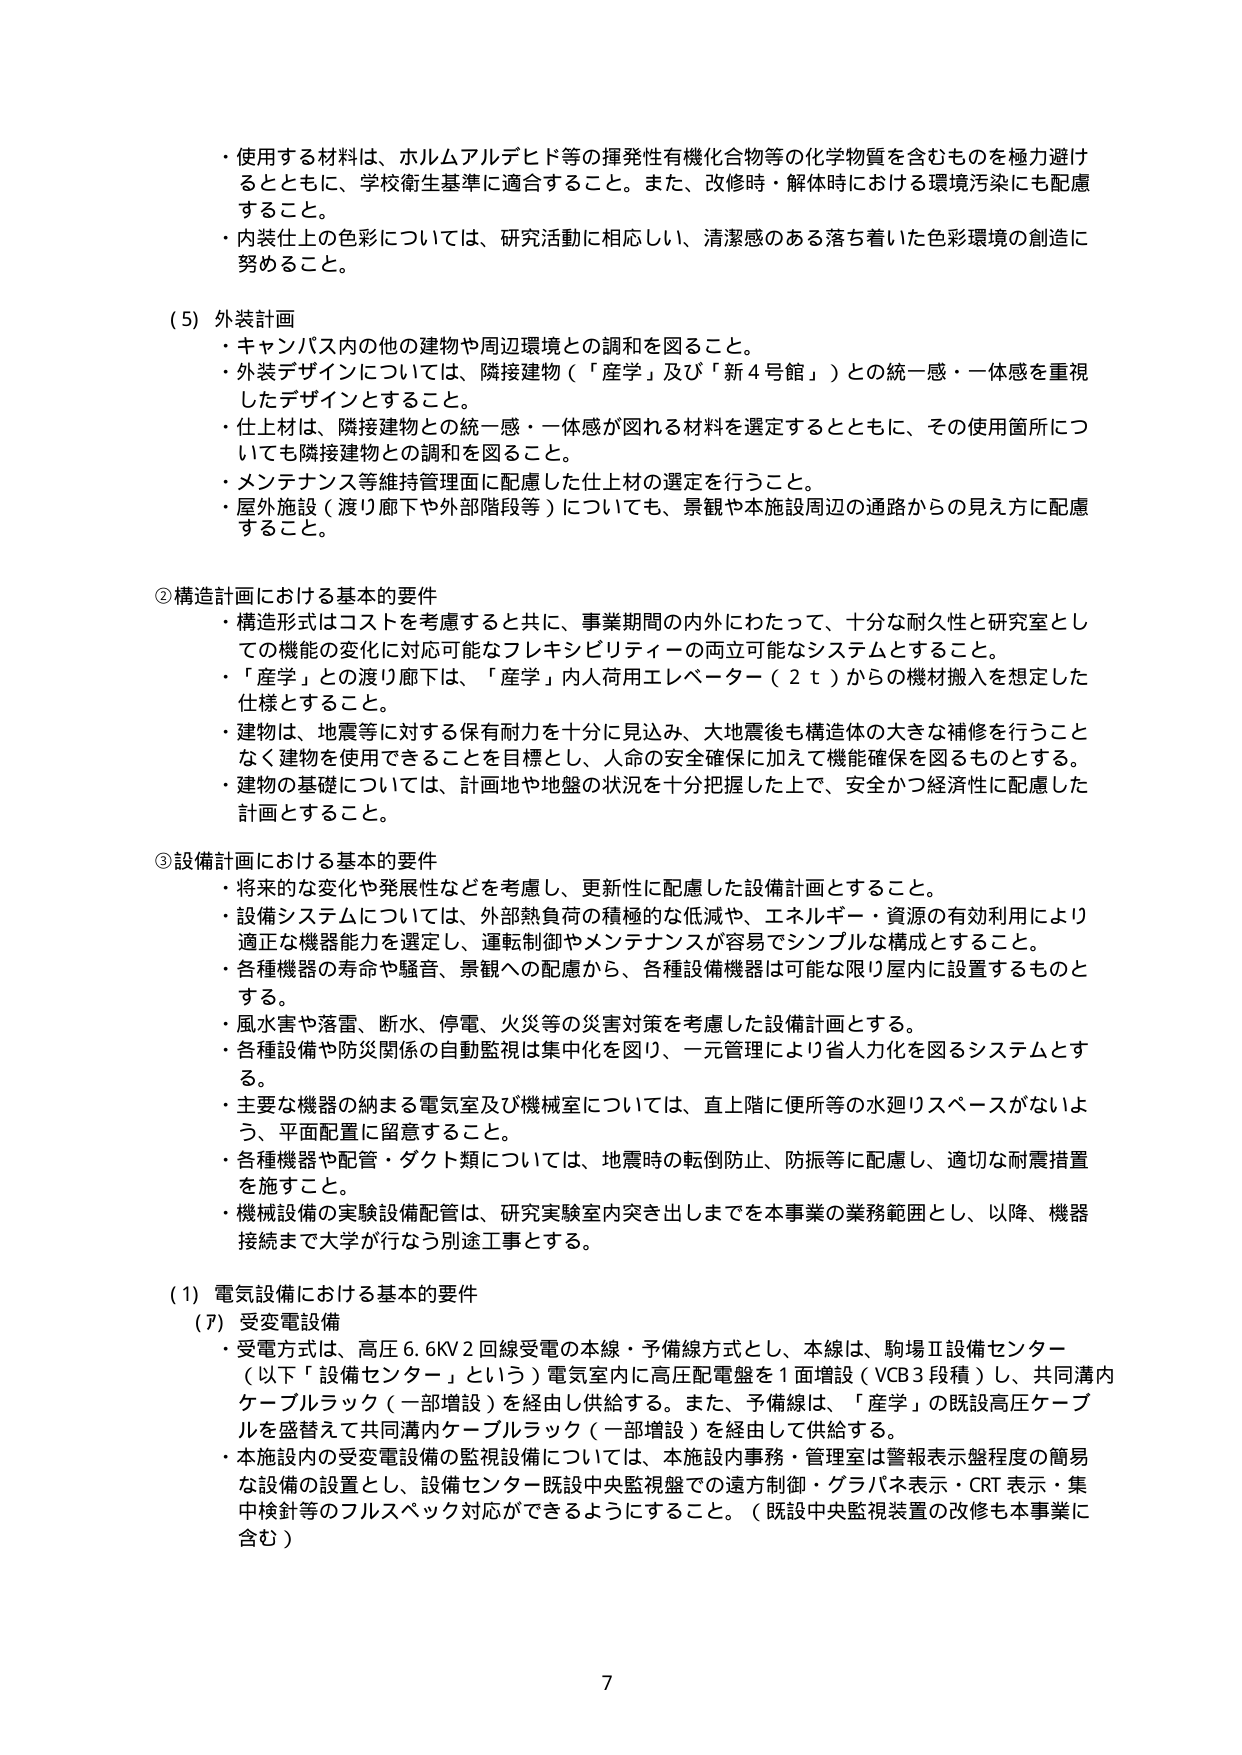
・使用する材料は、ホルムアルデヒド等の揮発性有機化合物等の化学物質を含むものを極力避け
るとともに、学校衛生基準に適合すること。また、改修時・解体時における環境汚染にも配慮
すること。
・内装仕上の色彩については、研究活動に相応しい、清潔感のある落ち着いた色彩環境の創造に
努めること。

(5) 外装計画
・キャンパス内の他の建物や周辺環境との調和を図ること。
・外装デザインについては、隣接建物（「産学」及び「新4号館」）との統一感・一体感を重視
したデザインとすること。
・仕上材は、隣接建物との統一感・一体感が図れる材料を選定するとともに、その使用箇所につ
いても隣接建物との調和を図ること。
・メンテナンス等維持管理面に配慮した仕上材の選定を行うこと。
・屋外施設（渡り廊下や外部階段等）についても、景観や本施設周辺の通路からの見え方に配慮
すること。

②構造計画における基本的要件
・構造形式はコストを考慮すると共に、事業期間の内外にわたって、十分な耐久性と研究室とし
ての機能の変化に対応可能なフレキシビリティーの両立可能なシステムとすること。
・「産学」との渡り廊下は、「産学」内人荷用エレベーター（2ｔ）からの機材搬入を想定した
仕様とすること。
・建物は、地震等に対する保有耐力を十分に見込み、大地震後も構造体の大きな補修を行うこと
なく建物を使用できることを目標とし、人命の安全確保に加えて機能確保を図るものとする。
・建物の基礎については、計画地や地盤の状況を十分把握した上で、安全かつ経済性に配慮した
計画とすること。

③設備計画における基本的要件
・将来的な変化や発展性などを考慮し、更新性に配慮した設備計画とすること。
・設備システムについては、外部熱負荷の積極的な低減や、エネルギー・資源の有効利用により
適正な機器能力を選定し、運転制御やメンテナンスが容易でシンプルな構成とすること。
・各種機器の寿命や騒音、景観への配慮から、各種設備機器は可能な限り屋内に設置するものと
する。
・風水害や落雷、断水、停電、火災等の災害対策を考慮した設備計画とする。
・各種設備や防災関係の自動監視は集中化を図り、一元管理により省人化を図るシステムとす
る。
・主要な機器の納まる電気室及び機械室については、直上階に便所等の水廻りスペースがないよ
う、平面配置に留意すること。
・各種機器や配管・ダクト類については、地震時の転倒防止、防振等に配慮し、適切な耐震措置
を施すこと。
・機械設備の実験設備配管は、研究実験室内突き出しまでを本事業の業務範囲とし、以降、機器
接続まで大学が行なう別途工事とする。

(1) 電気設備における基本的要件
(7) 受変電設備
・受電方式は、高圧6.6KV2回線受電の本線・予備線方式とし、本線は、駒場Ⅱ設備センター
（以下「設備センター」という）電気室内に高圧配電盤を1面増設（VCB3段積）し、共同溝内
ケーブルラック（一部増設）を経由し供給する。また、予備線は、「産学」の既設高圧ケーブ
ルを盛替えて共同溝内ケーブルラック（一部増設）を経由して供給する。
・本施設内の受変電設備の監視設備については、本施設内事務・管理室は警報表示盤程度の簡易
な設備の設置とし、設備センター既設中央監視盤での遠方制御・グラバネ表示・CRT表示・集
中検針等のフルスペック対応ができるようにすること。（既設中央監視装置の改修も本事業に
含む）

7